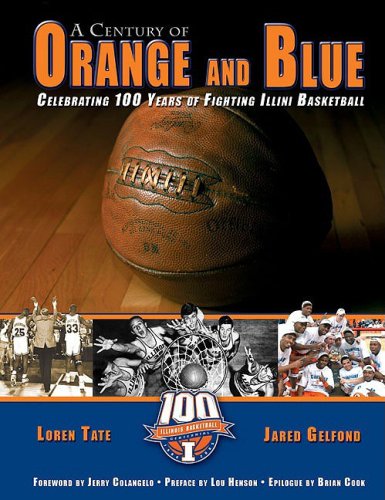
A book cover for A Century of Orange and Blue: Celebrating 100 Years of Fighting Illini Basketball; Loren Tate; Sports & Outdoors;